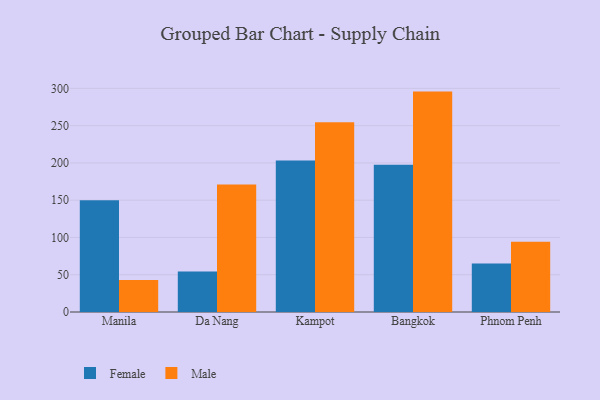
{"axis": {"x": "City", "y": "Customer Acquisition Cost (USD)"}, "legend": ["Female", "Male"], "data": [{"x": "Manila", "y": 149.8, "type": "Female"}, {"x": "Manila", "y": 42.9, "type": "Male"}, {"x": "Da Nang", "y": 54.2, "type": "Female"}, {"x": "Da Nang", "y": 171.0, "type": "Male"}, {"x": "Kampot", "y": 203.3, "type": "Female"}, {"x": "Kampot", "y": 254.6, "type": "Male"}, {"x": "Bangkok", "y": 197.6, "type": "Female"}, {"x": "Bangkok", "y": 295.7, "type": "Male"}, {"x": "Phnom Penh", "y": 65.0, "type": "Female"}, {"x": "Phnom Penh", "y": 94.1, "type": "Male"}]}